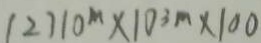
( 2 ) 1 0 ^ { m } \times 1 0 ^ { 3 } m \times 1 0 0